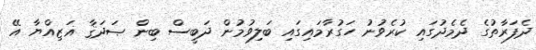
ދެފަރާތުގެ ދެމެދުގައި ކުރެވުނު ހަގުރާމައިގައި ބަލިވުމުން ދަބީސް ބިން ޞަދަޤާ ޣަޒިއްޔާ އޭ